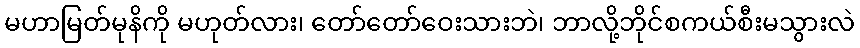
မဟာမြတ်မုနိကို မဟုတ်လား၊ တော်တော်ဝေးသားဘဲ၊ ဘာလို့ဘိုင်စကယ်စီးမသွားလဲ